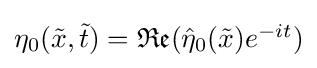
{\textstyle \eta _{0}({\tilde {x}},{\tilde {t}})={\mathfrak {Re}}({\hat {\eta }}_{0}({\tilde {x}})e^{-it})}